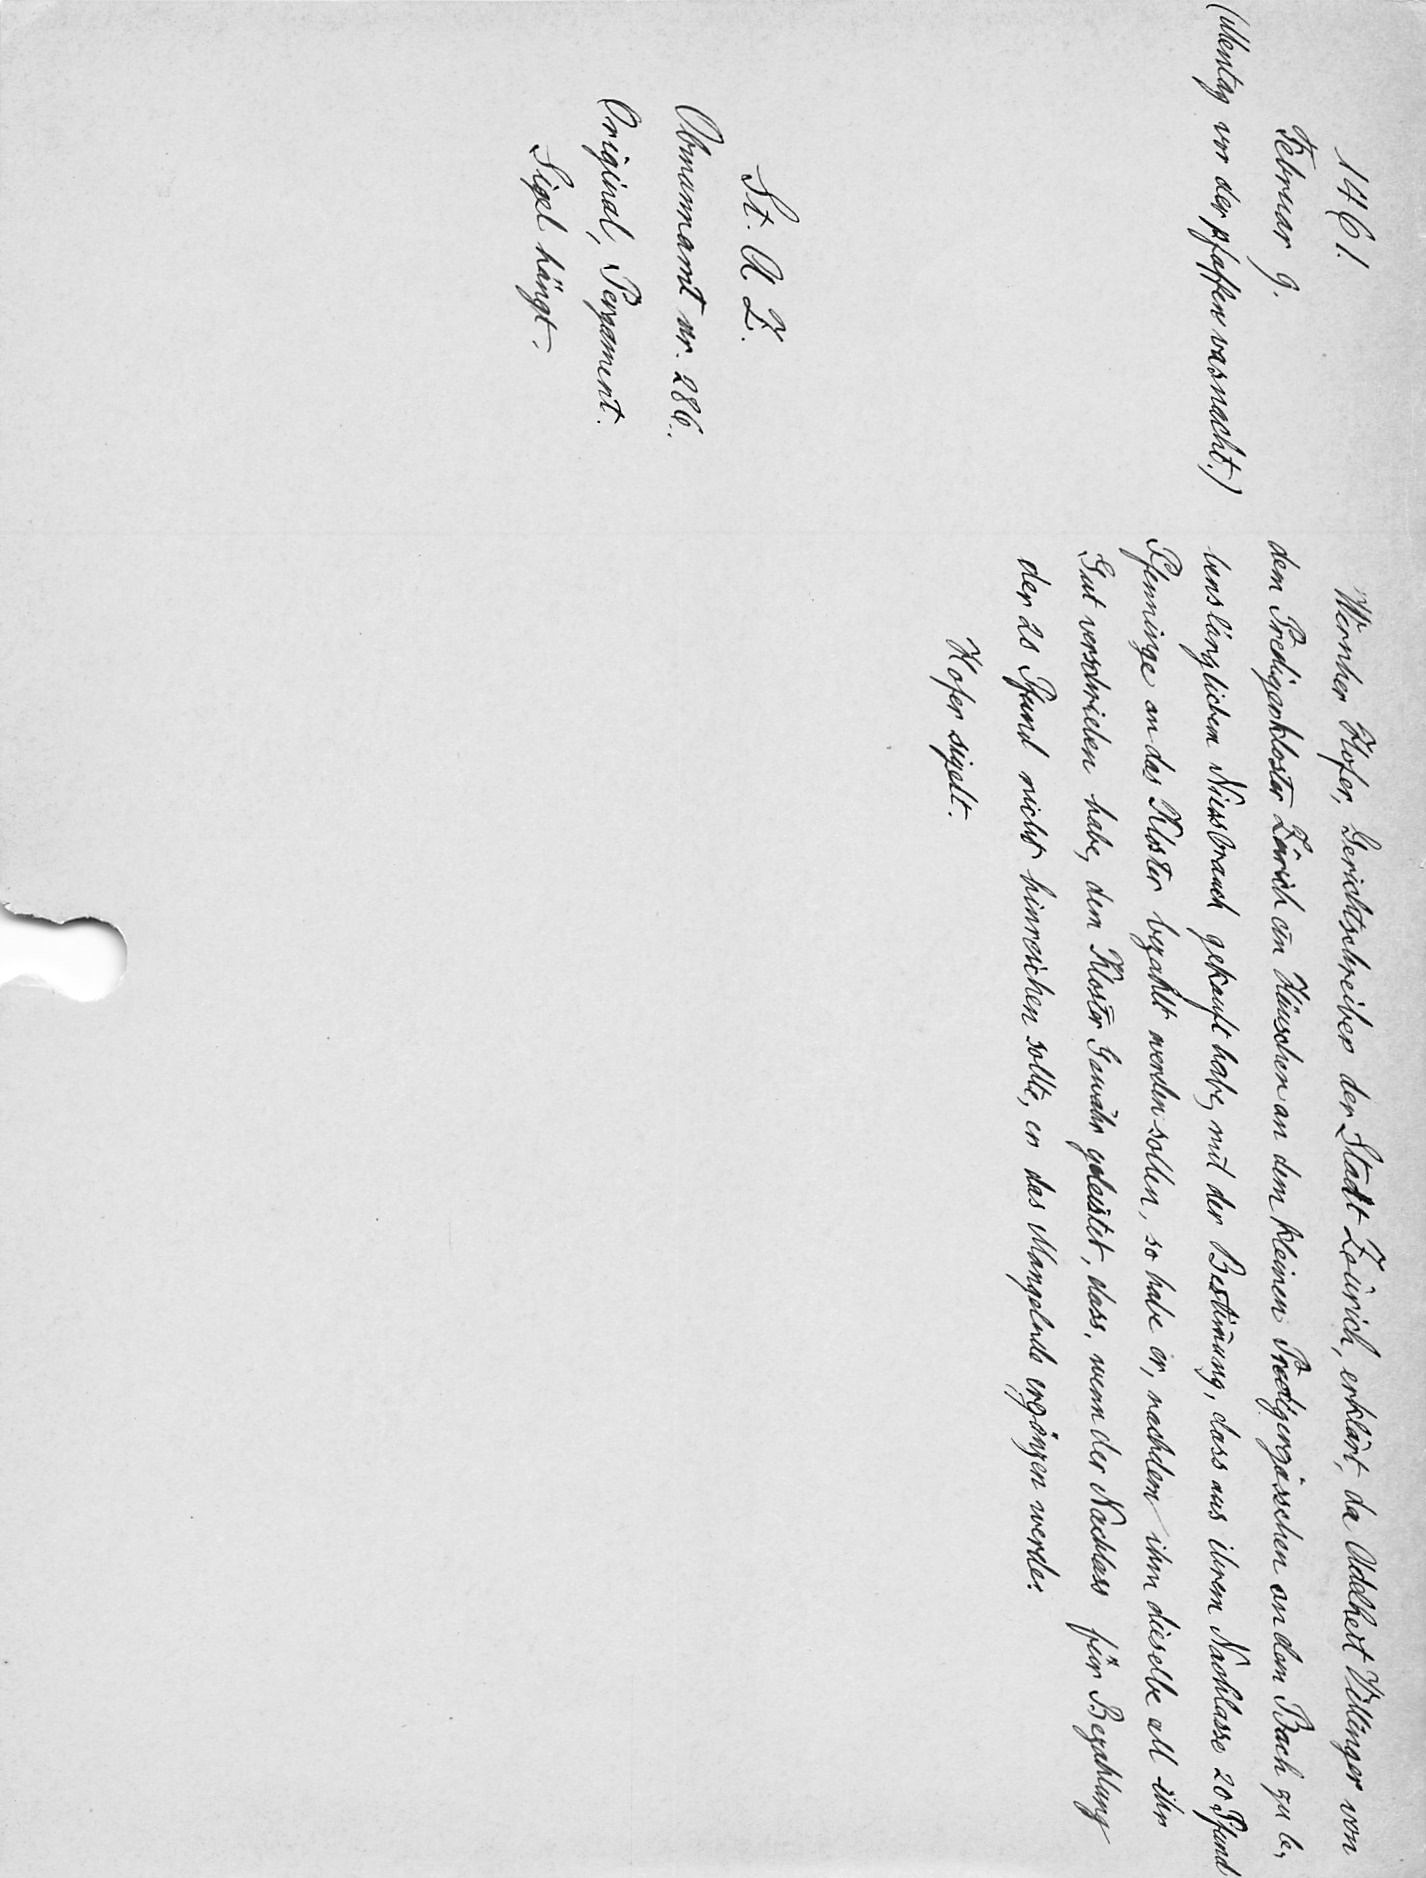
Wernher Hofer, Gerichtschreiber der Stadt Zürich, erklärt, da Adelheit Villinger von
dem Predigerkloster Zürich ein Häuschen an dem kleinen Predigergässchen an dem Bach zu le¬
bensänglichem Niessbrauch gekauft habe, mit der Bestimmung, dass aus ihrem Nachlasse 20 Pfund
Pfenninge an das Kloster bezahlt werden sollen, so habe er, nachdem ihm dieselbe all ihr
Gut verschrieben habe, dem Kloster Gewähr geleistet, dass, wenn der Nachlass für Bezahlung
der 20 Pfund nicht hinreichen sollte, er das Mangelnde ergänzen werde.
Hofer sigelt.

1461.
Februar 9.
(Mentag vor der pfaffen vasnacht.)
St. A. Z.
Obmannamt nr. 286.
Original, Pergament.
Sigel hängt.